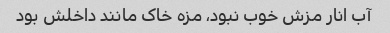
آب انار مزش خوب نبود، مزه خاک مانند داخلش بود